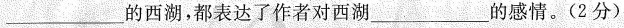
___的西湖，都表达了作者对西湖___的感情。(2分)